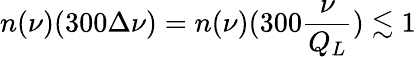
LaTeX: n(\nu)(300\Delta\nu)=n(\nu)(300\frac{\nu}{Q_{L}})\lesssim 1